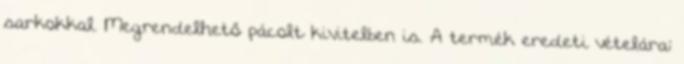
sarkokkal. Megrendelhető pácolt kivitelben is. A termék eredeti vételára: